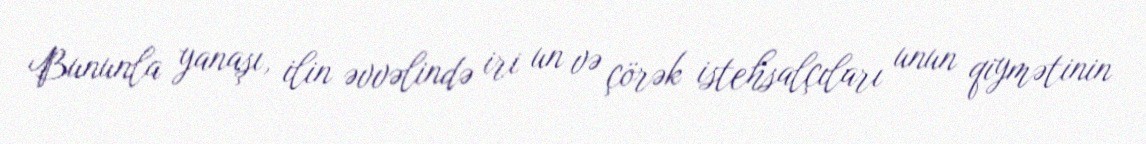
Bununla yanaşı, ilin əvvəlində iri un və çörək istehsalçıları unun qiymətinin